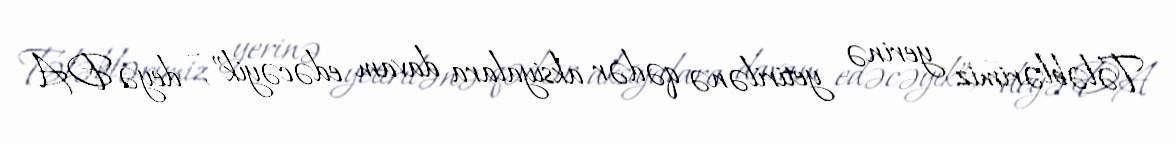
Tələblərimiz yerinə yetirilənə qədər aksiyalara davam edəcəyik”, – deyə DA